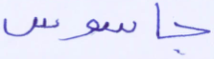
جاسوس